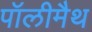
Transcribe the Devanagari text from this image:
पॉलीमैथ